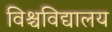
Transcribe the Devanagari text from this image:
विश्चविद्यालय